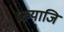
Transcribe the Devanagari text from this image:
प्रख्याजि